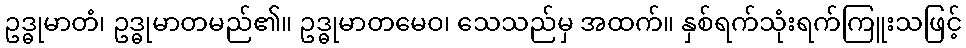
ဥဒ္ဓုမာတံ၊ ဥဒ္ဓုမာတမည်၏။ ဥဒ္ဓုမာတမေဝ၊ သေသည်မှ အထက်။ နှစ်ရက်သုံးရက်ကြူးသဖြင့်